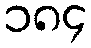
၁၈၄